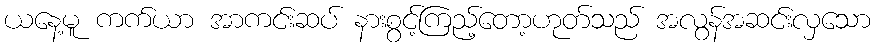
ယနေ့မူ ကက်ယာ အာကင်းဆပ် နားစွင့်ကြည့်တော့ဟုတ်သည် အလွန်အဆင်းလှသော